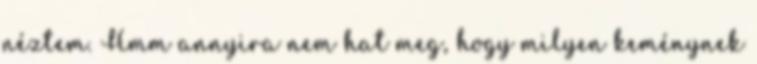
néztem. Hmm annyira nem hat meg, hogy milyen keménynek